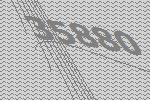
35880